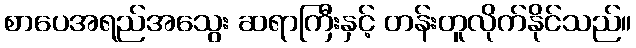
စာပေအရည်အသွေး ဆရာကြီးနှင့် တန်းတူလိုက်နိုင်သည်။